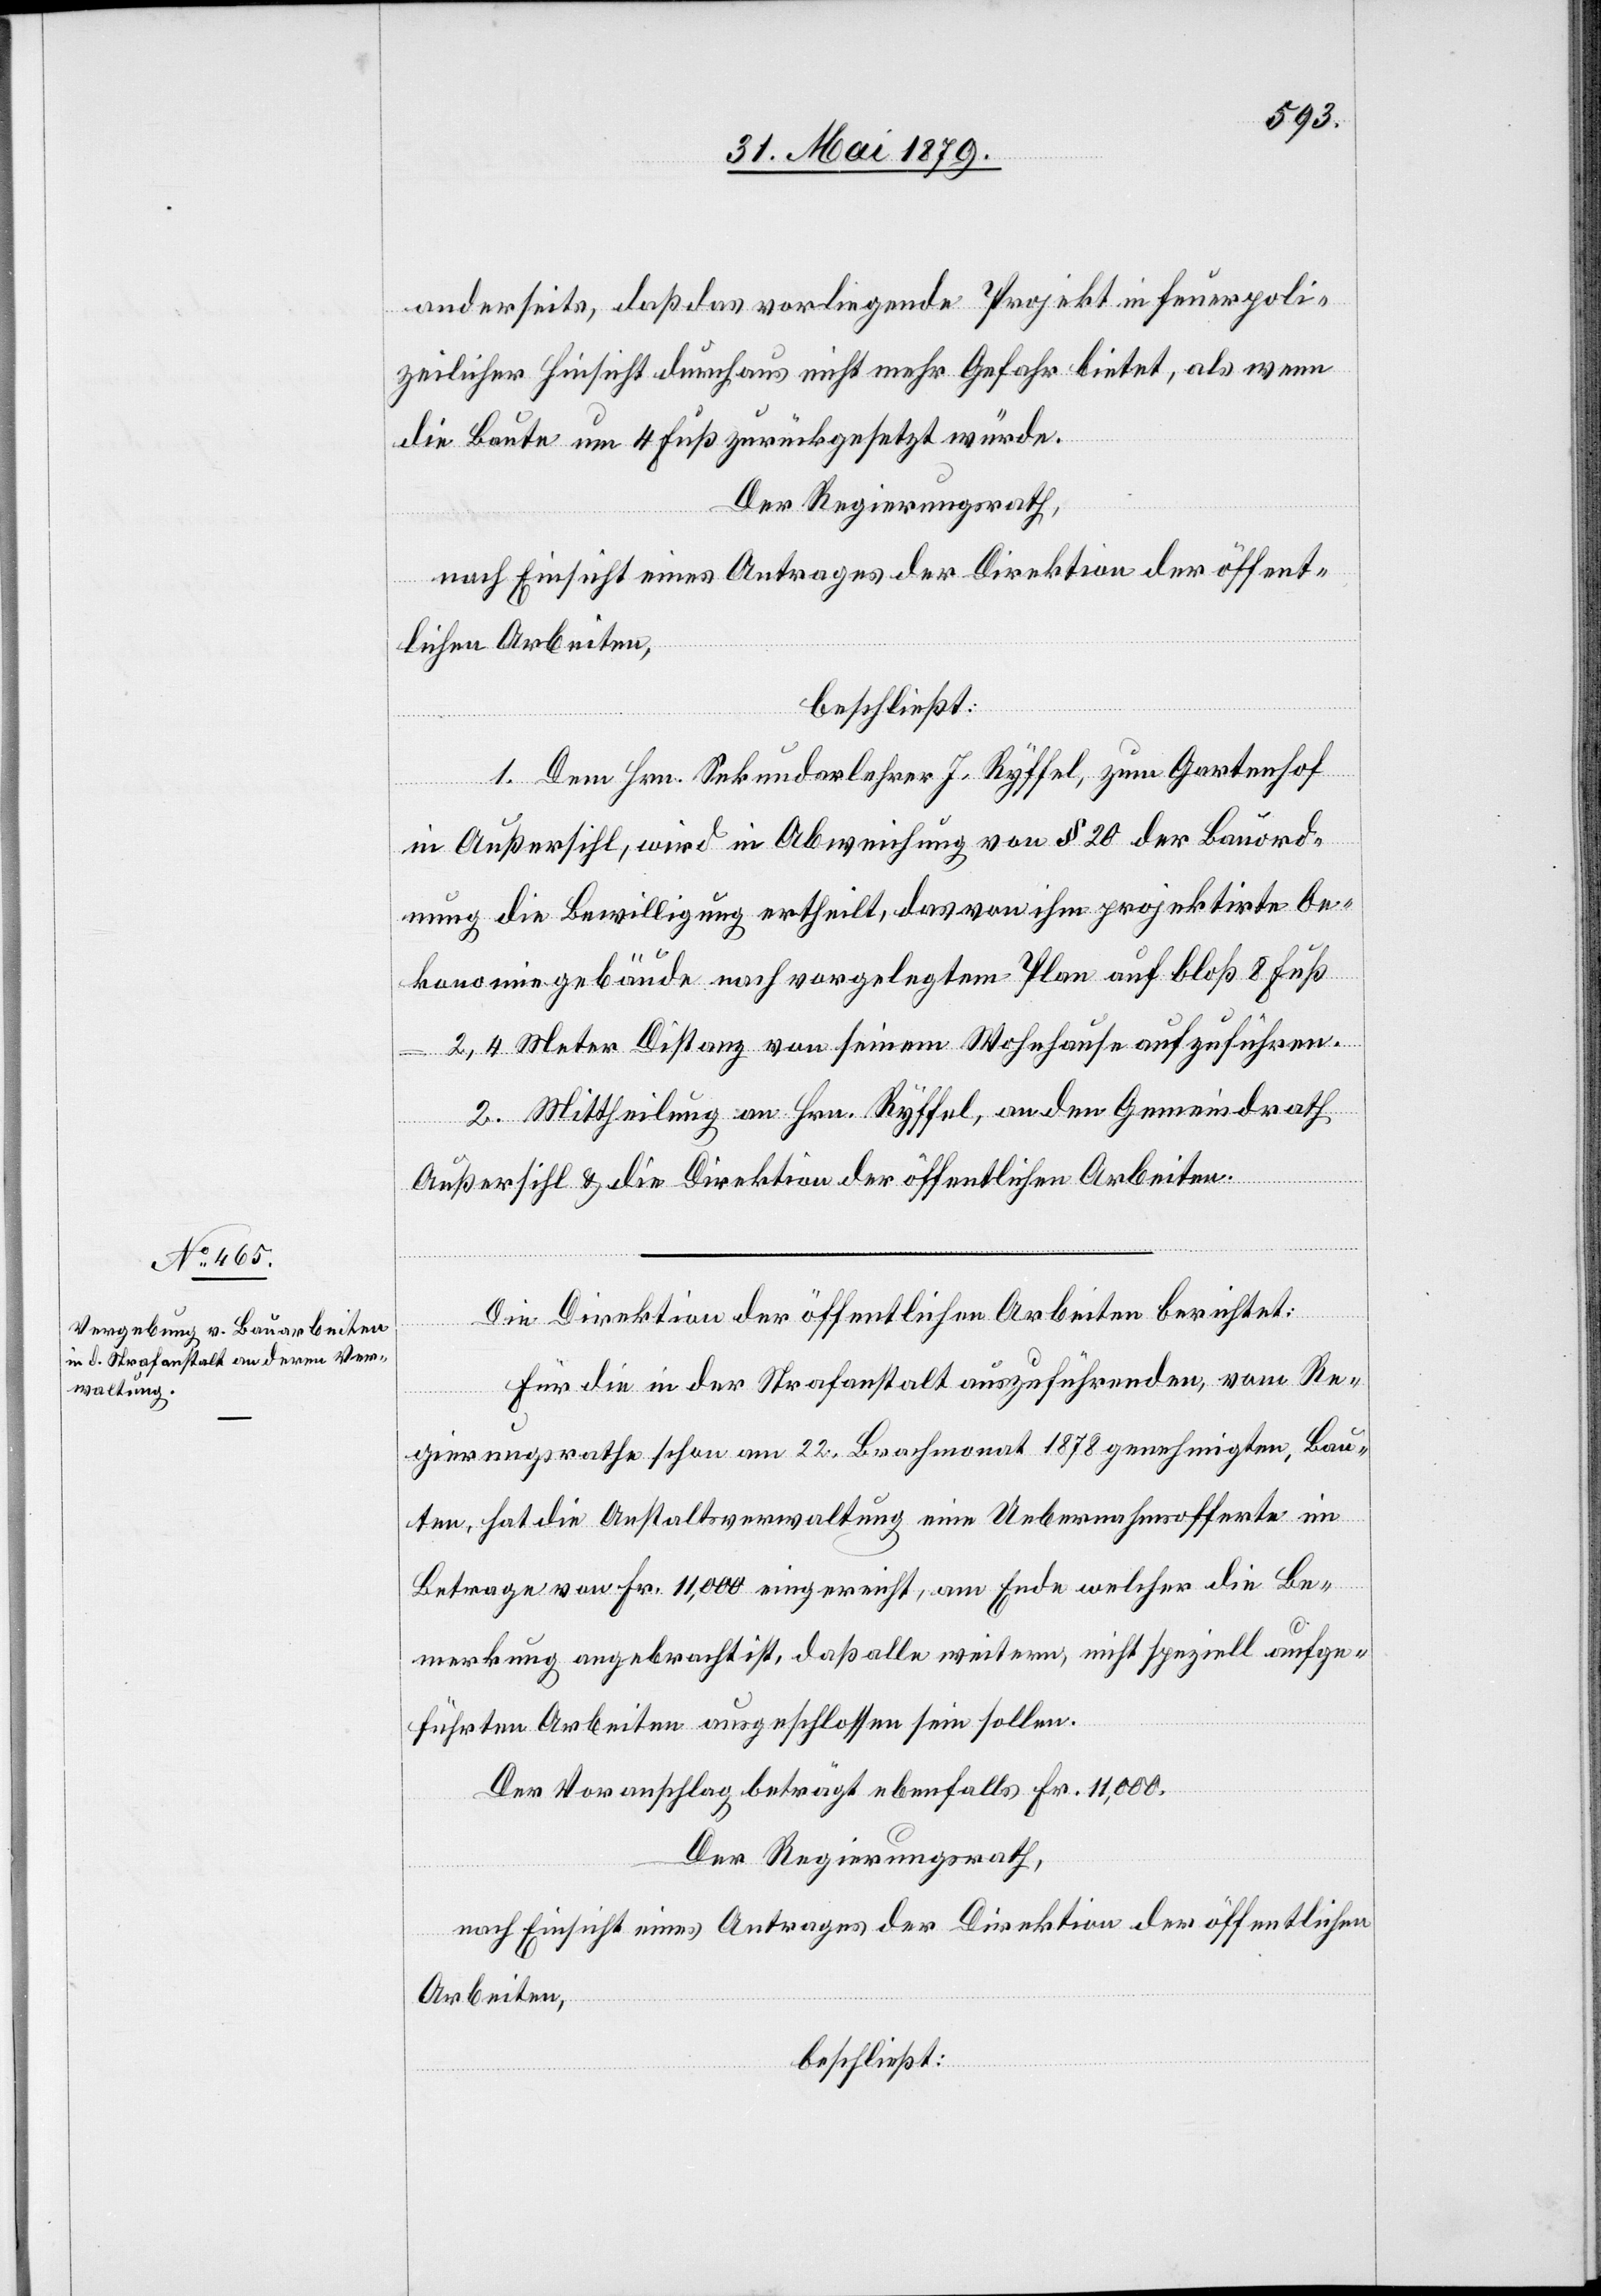
anderseits, daß das vorliegende Projekt in feuerpoli¬
zeilicher Hinsicht durchaus nicht mehr Gefahr bietet, als wenn
die Baute um 4 Fuß zurückgesetzt würde.
Der Regierungsrath,
nach Einsicht eines Antrages der Direktion der öffent¬
lichen Arbeiten,
beschließt:
1. Dem Hrn. Sekundarlehrer J. Ryffel, zum Gartenhof
in Außersihl, wird in Abweichung von § 20 der Bauord¬
nung die Bewilligung ertheilt, das von ihm projektirte Oe¬
konomiegebäude nach vorgelegtem Plan auf bloß 8 Fuß
2,4 Meter Distanz von seinem Wohnhause aufzuführen.
2. Mittheilung an Hrn. Ryffel, an den Gemeindrath
Außersihl & die Direktion der öffentlichen Arbeiten.
Die Direktion der öffentlichen Arbeiten berichtet:
Für die in der Strafanstalt auszuführenden, vom Re¬
gierungsrathe schon am 22. Brachmonat 1878 genehmigten, Bau¬
ten, hat die Anstaltsverwaltung eine Uebernahmsofferte im
Betrage von Fr. 11,000 eingereicht, am Ende welcher die Be¬
merkung angebracht ist, daß alle weitern, nicht speziell aufge¬
führten Arbeiten ausgeschlossen sein sollen.
Der Voranschlag beträgt ebenfalls Fr. 11,000.
Der Regierungsrath,
nach Einsicht eines Antrages der Direktion der öffentlichen
Arbeiten,
beschließt: